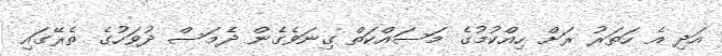
އަދި އެ ހަތަރު ރަށް ހިއްކުމުގެ މަސައްކަތް ގިނަވެގެން ދެމަސް ދުވަހުގެ ތެރޭގައި